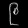
Digit: ၉